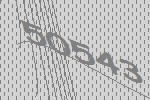
50543